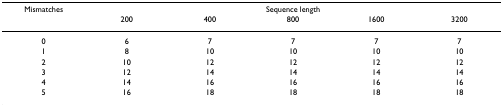
| Mismatches | <COLSPAN=5> Sequence length |
 |  | 200 | 400 | 800 | 1600 | 3200 |
 | --- | --- | --- | --- | --- | --- |
 | 0 | 6 | 7 | 7 | 7 | 7 |
 | 1 | 8 | 10 | 10 | 10 | 10 |
 | 2 | 10 | 12 | 12 | 12 | 12 |
 | 3 | 12 | 14 | 14 | 14 | 14 |
 | 4 | 14 | 16 | 16 | 16 | 16 |
 | 5 | 16 | 18 | 18 | 18 | 18 |